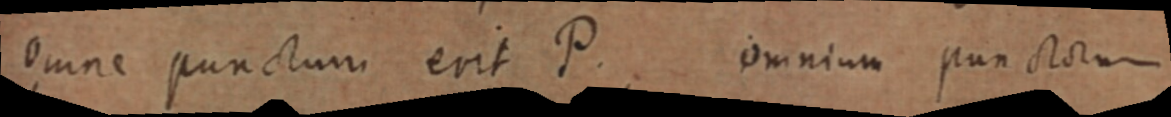
omne punctum erit P. omnium punctorum